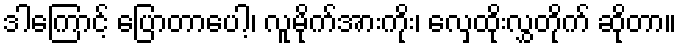
ဒါကြောင့် ပြောတာပေါ့၊ လူမိုက်အားကိုး၊ လှေထိုးလွှတိုက် ဆိုတာ။